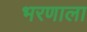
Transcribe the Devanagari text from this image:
भरणाला